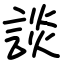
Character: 談